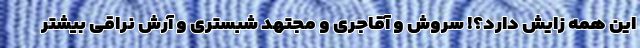
این همه زایش دارد؟! سروش و آقاجری و مجتهد شبستری و آرش نراقی بیشتر